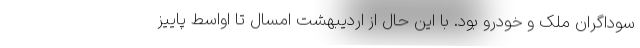
سوداگران ملک و خودرو بود. با این حال از اردیبهشت امسال تا اواسط پاییز